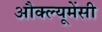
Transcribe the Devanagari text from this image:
औक्ल्यूमेंसी